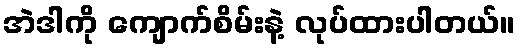
အဲဒါကို ကျောက်စိမ်းနဲ့ လုပ်ထားပါတယ်။